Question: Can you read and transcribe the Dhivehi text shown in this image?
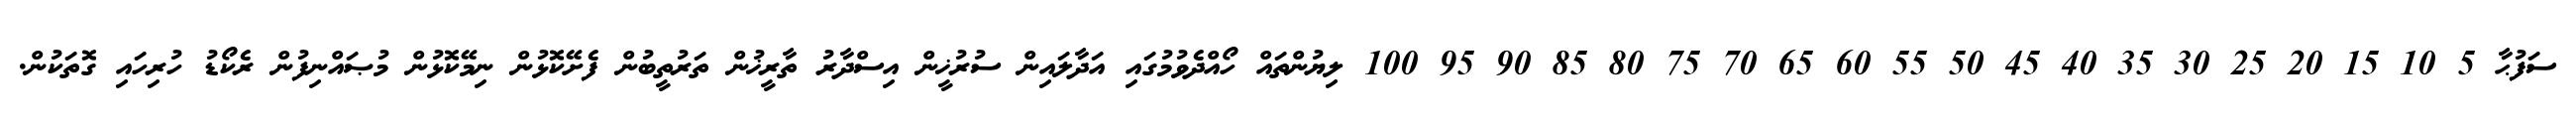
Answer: ސަފުޙާ 5 10 15 20 25 30 35 40 45 50 55 60 65 70 75 80 85 90 95 100 ލިޔުންތައް ހޯއްދެވުމުގައި އަދާލައިން ސުރުޚީން އިސްދާރު ތާރީޚުން ތަރުތީބުން ފެށޭކޮޅުން ނިމޭކޮޅުން މުޞައްނިފުން ރެކޯޑު ހުރިހައި ގޮތަކުން.